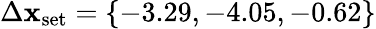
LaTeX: \Delta\mathbf{x}_{\textrm{{set}}}=\{ -3.29,-4.05,-0.62\}